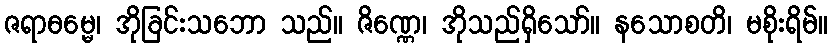
ဇရာဓမ္မေ၊ အိုခြင်းသဘော သည်။ ဇိဏ္ဏေ၊ အိုသည်ရှိသော်။ နသောစတိ၊ မစိုးရိမ်။